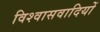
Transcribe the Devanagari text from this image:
विश्वासवादियों